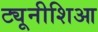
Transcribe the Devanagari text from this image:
ट्यूनीशिआ